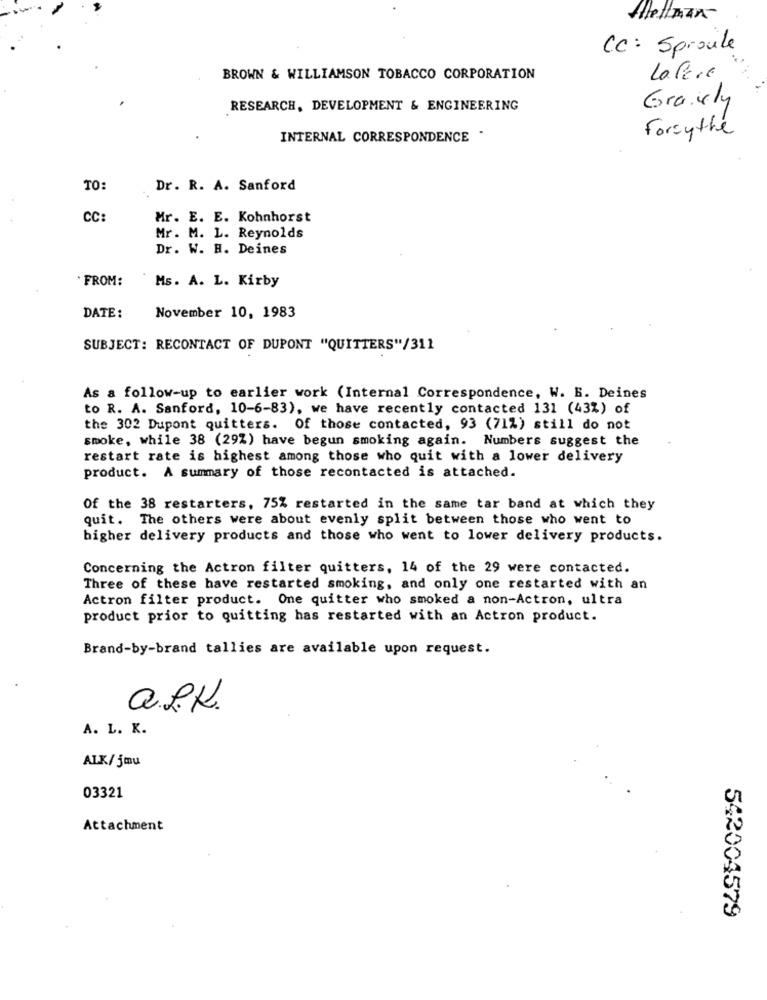
Allettman
CC: Sproule
BROWN & WILLIAMSON TOBACCO CORPORATION
Lafere
RESEARCH, DEVELOPMENT & ENGINEERING
Gracely
Forsythe
INTERNAL CORRESPONDENCE .
TO:
Dr. R. A. Sanford
CC:
Mr. E. E. Kohnhorst
Mr. M. L. Reynolds
Dr. W. H. Deines
. FROM:
Ms. A. L. Kirby
DATE:
November 10, 1983
SUBJECT: RECONTACT OF DUPONT "QUITTERS"/311
As a follow-up to earlier work (Internal Correspondence, W. B. Deines
to R. A. Sanford, 10-6-83), we have recently contacted 131 (43%) of
the 302 Dupont quitters. Of those contacted, 93 (71%) still do not
smoke, while 38 (29%) have begun smoking again. Numbers suggest the
restart rate is highest among those who quit with a lower delivery
product. A summary of those recontacted is attached.
Of the 38 restarters, 75% restarted in the same tar band at which they
quit. The others were about evenly split between those who went to
higher delivery products and those who went to lower delivery products.
Concerning the Actron filter quitters, 14 of the 29 were contacted.
Three of these have restarted smoking, and only one restarted with an
Actron filter product. One quitter who smoked a non-Actron, ultra
product prior to quitting has restarted with an Actron product.
Brand-by-brand tallies are available upon request.
Q.B.K.
A. L. K.
ALK/5mu
03321
Attachment
542004579